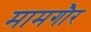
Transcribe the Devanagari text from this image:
मामगौर